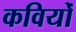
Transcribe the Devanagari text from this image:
कवियोँ